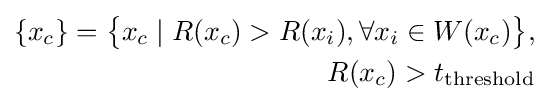
{\begin{aligned}\{x_{c}\}={\big \{}x_{c}\mid R(x_{c})>R(x_{i}),\forall x_{i}\in W(x_{c}){\big \}},\\R(x_{c})>t_{\text{threshold}}\end{aligned}}